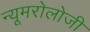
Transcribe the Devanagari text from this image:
न्यूमरोलोजी